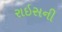
રાઇસની